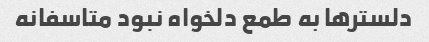
دلستر‌ها به طمع دلخواه نبود متاسفانه